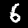
Label: 6